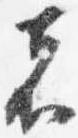
者